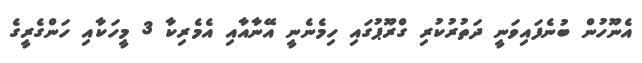
އެނޫހުން ބުނެފައިވަނީ ދަތުރުކުރި ގްރޫޕުގައި ހިމެނެނީ އޭނާއާއި އެމެރިކާ 3 މީހަކާއި ހަންގެރީގެ